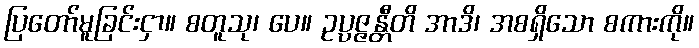
ပြတော်မူခြင်းငှာ။ စတူသု၊ ပေ။ ဥပ္ပဇ္ဇန္တီတိ အာဒိ၊ အစရှိသော စကားကို။